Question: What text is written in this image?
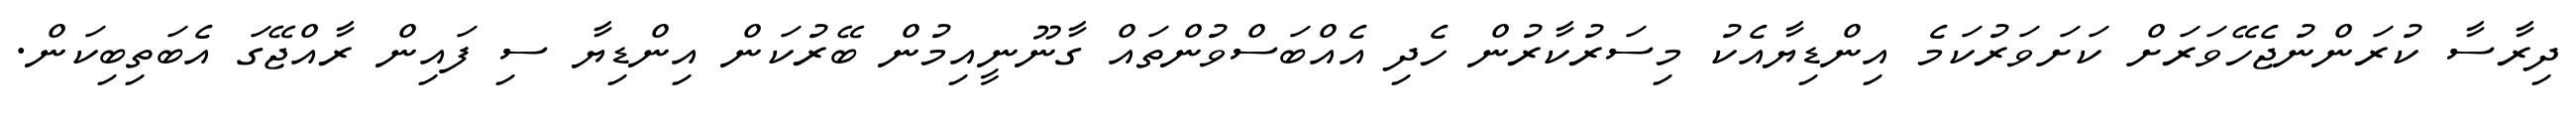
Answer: ދިރާސާ ކުރަންނުޖެހޭވަރަށް ކަށަވަރުކަމެ އިންޑިޔާއެކު މިސަރުކާރުން ހެދި އެއްބަސްވުންތައް ގާނޫނީއިމުން ބޭރުކަން އިންޑިޔާ ސި ފައިން ރާއްޖޭގަ އެބަތިބިކަން.